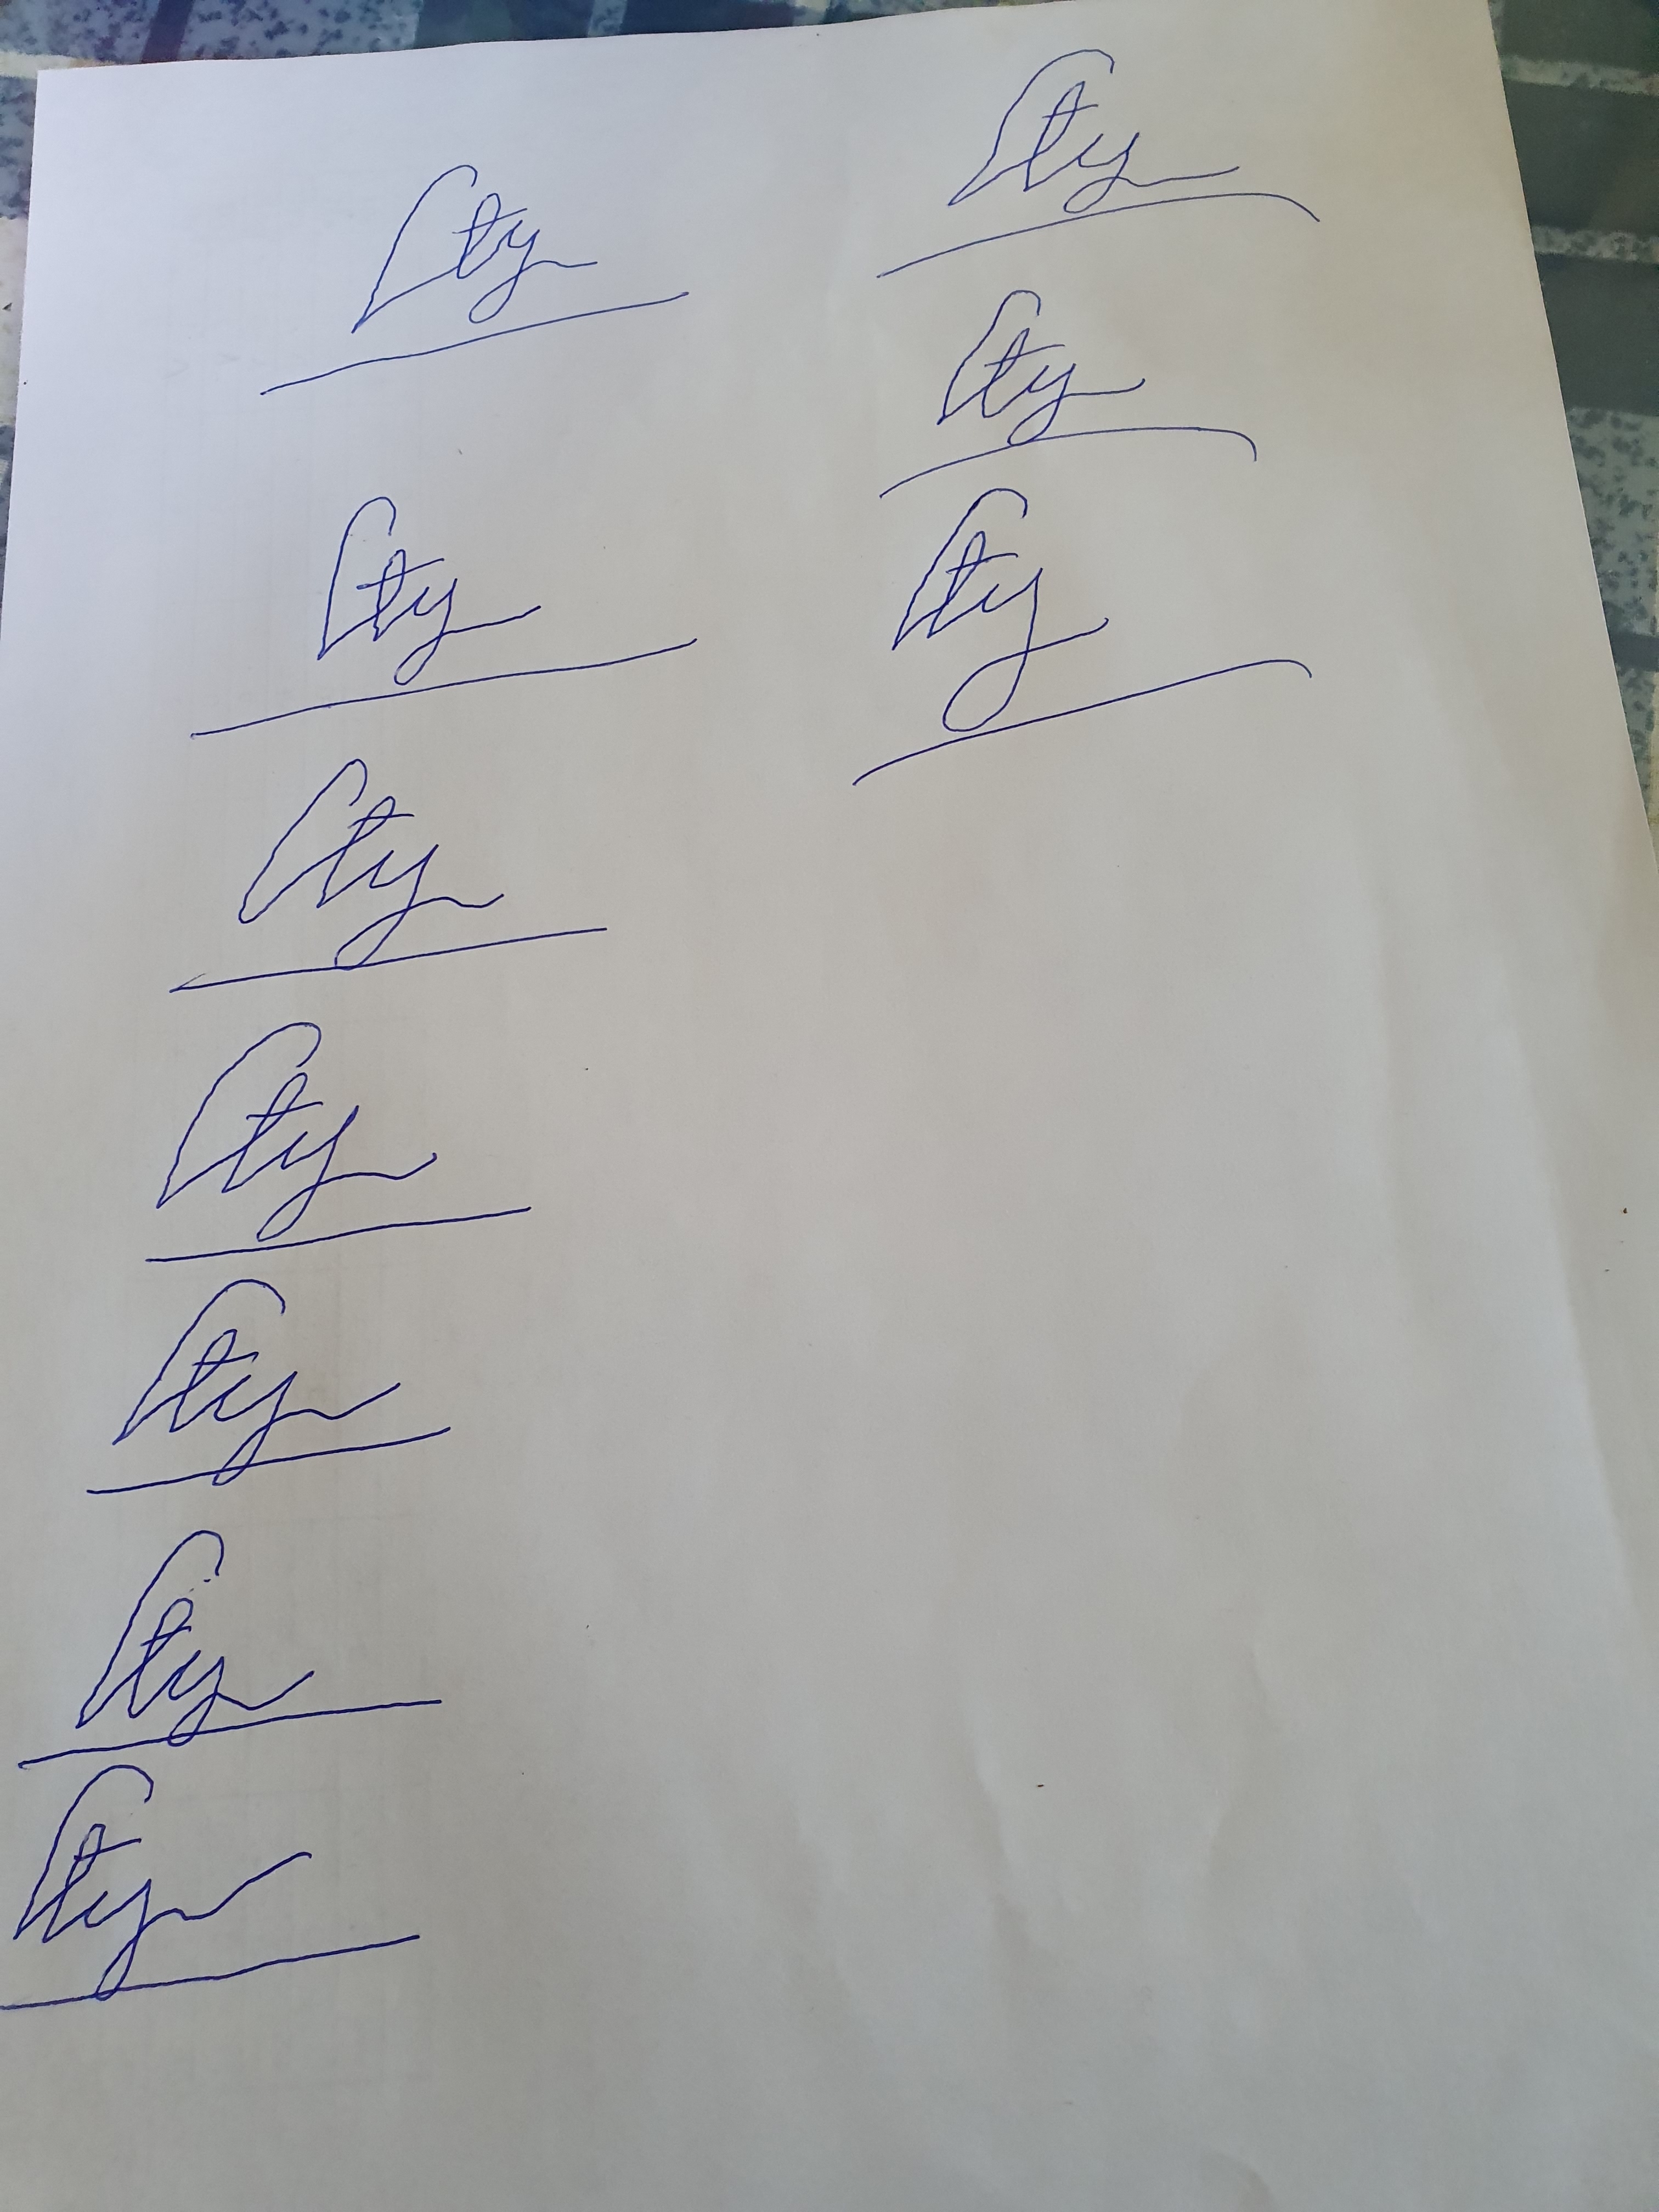
Signature authenticity: forged